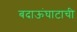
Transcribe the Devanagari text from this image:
बदाऊंघाटाची